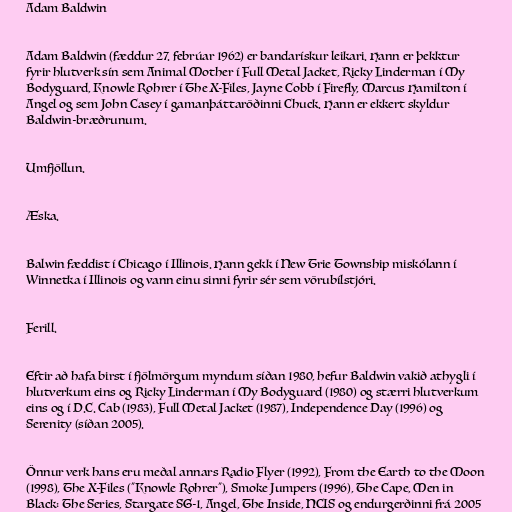
Adam Baldwin

Adam Baldwin (fæddur 27. febrúar 1962) er bandarískur leikari. Hann er þekktur
fyrir hlutverk sín sem Animal Mother í Full Metal Jacket, Ricky Linderman í My
Bodyguard, Knowle Rohrer í The X-Files, Jayne Cobb í Firefly, Marcus Hamilton í
Angel og sem John Casey í gamanþáttaröðinni Chuck. Hann er ekkert skyldur
Baldwin-bræðrunum.

Umfjöllun.

Æska.

Balwin fæddist í Chicago í Illinois. Hann gekk í New Trie Township miskólann í
Winnetka í Illinois og vann einu sinni fyrir sér sem vörubílstjóri.

Ferill.

Eftir að hafa birst í fjölmörgum myndum síðan 1980, hefur Baldwin vakið athygli í
hlutverkum eins og Ricky Linderman í My Bodyguard (1980) og stærri hlutverkum
eins og í D.C. Cab (1983), Full Metal Jacket (1987), Independence Day (1996) og
Serenity (síðan 2005).

Önnur verk hans eru meðal annars Radio Flyer (1992), From the Earth to the Moon
(1998), The X-Files ("Knowle Rohrer"), Smoke Jumpers (1996), The Cape, Men in
Black: The Series, Stargate SG-1, Angel, The Inside, NCIS og endurgerðinni frá 2005